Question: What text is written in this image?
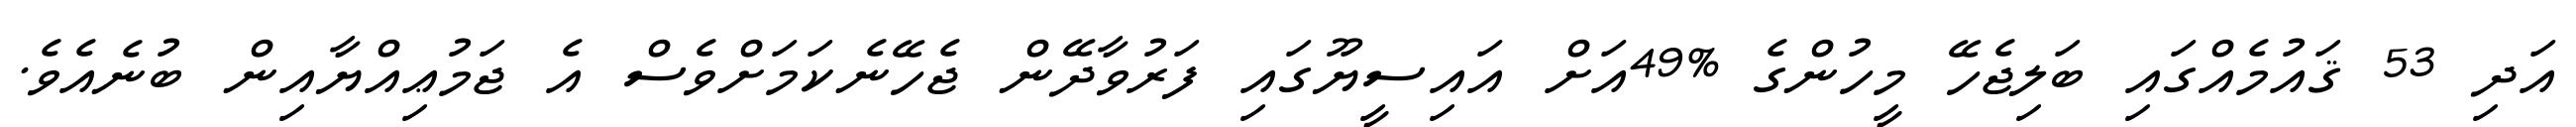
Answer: އަދި 53 ޤައުމެއްގައި ބަލިޖެހޭ މީހުންގެ %49އަށް އައިސީޔޫގައި ފަރުވާދޭން ޖެހޭނެކަމަށްވެސް އެ ޖަމުޢިއްޔާއިން ބުނެއެވެ.